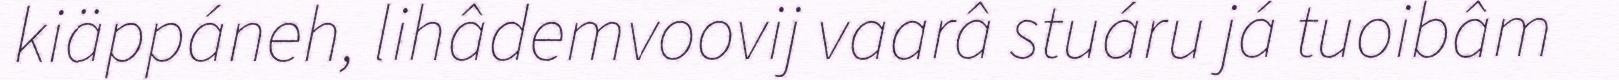
kiäppáneh, lihâdemvoovij vaarâ stuáru já tuoibâm